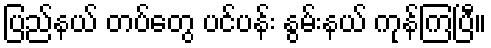
ပြည်နယ် တပ်တွေ ပင်ပန်း နွမ်းနယ် ကုန်ကြပြီ။